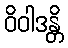
ဝိဝါဒန္တိ